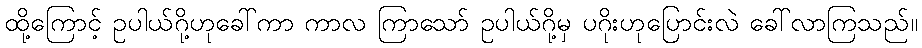
ထို့ကြောင့် ဥပါယ်ဂို့ဟုခေါ်ကာ ကာလ ကြာသော် ဥပါယ်ဂို့မှ ပဂိုးဟုပြောင်းလဲ ခေါ်လာကြသည်။